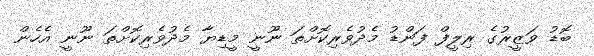
ބޮޑު ވަޒީރުގެ ރިލީފް ފަންޑު މެދުވެރިކޮށްތަ ނޫނީ މީޑިޔާ މެދުވެރިކޮށްތަ ނޫނީ އެހެން